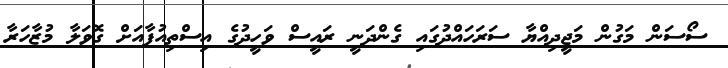
ސޯސަން މަގުން މަޖީދިއްޔާ ސަރަހައްދުގައި ގެންދަނީ ރައީސް ވަހީދުގެ އިސްތިއުފާއަށް ގޮވަލާ މުޒާހަރާ